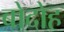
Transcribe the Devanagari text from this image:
बोदोह